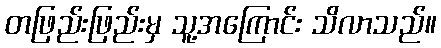
တဖြည်းဖြည်းမှ သူ့အကြောင်း သိလာသည်။